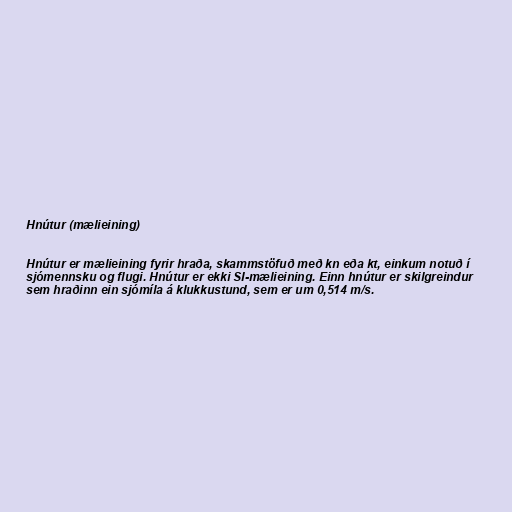
Hnútur (mælieining)

Hnútur er mælieining fyrir hraða, skammstöfuð með kn eða kt, einkum notuð í
sjómennsku og flugi. Hnútur er ekki SI-mælieining. Einn hnútur er skilgreindur
sem hraðinn ein sjómíla á klukkustund, sem er um 0,514 m/s.